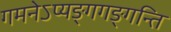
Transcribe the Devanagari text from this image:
गमनेऽप्यङ्गगङ्गन्ति